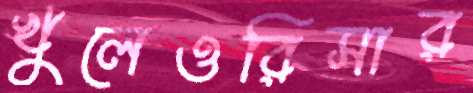
খুলেওরিসার